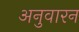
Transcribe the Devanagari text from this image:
अनुवारन